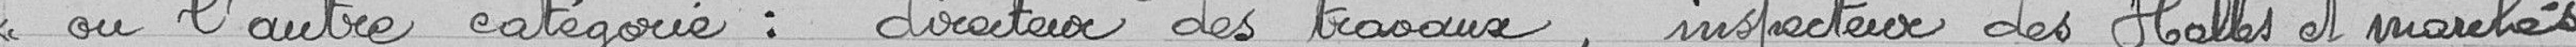
<< ou l'autre catégorie: directeur des travaux, inspecteur des Halles et marchés,